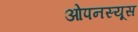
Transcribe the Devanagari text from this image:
ओपनस्यूस